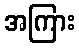
အကြား